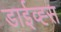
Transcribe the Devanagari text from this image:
डाईव्ह्स